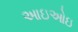
આઇઓઇ